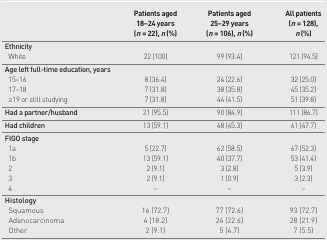
<table><thead><tr><td></td><td><b>Patients aged 18–24 years (<i>n</i> = 22), <i>n</i> (%)</b></td><td><b>Patients aged 25–29 years (<i>n</i> = 106), <i>n</i> (%)</b></td><td><b>All patients (<i>n</i> = 128), <i>n</i> (%)</b></td></tr></thead><tbody><tr><td><b>Ethnicity</b></td><td></td><td></td><td></td></tr><tr><td>White</td><td>22 (100)</td><td>99 (93.4)</td><td>121 (94.5)</td></tr><tr><td><b>Age left full-time education, years</b></td><td></td><td></td><td></td></tr><tr><td>15–16</td><td>8 (36.4)</td><td>24 (22.6)</td><td>32 (25.0)</td></tr><tr><td>17–18</td><td>7 (31.8)</td><td>38 (35.8)</td><td>45 (35.2)</td></tr><tr><td>≥19 or still studying</td><td>7 (31.8)</td><td>44 (41.5)</td><td>51 (39.8)</td></tr><tr><td><b>Had a partner/husband</b></td><td>21 (95.5)</td><td>90 (84.9)</td><td>111 (86.7)</td></tr><tr><td><b>Had children</b></td><td>13 (59.1)</td><td>48 (45.3)</td><td>61 (47.7)</td></tr><tr><td><b>FIGO stage</b></td><td></td><td></td><td></td></tr><tr><td>1a</td><td>5 (22.7)</td><td>62 (58.5)</td><td>67 (52.3)</td></tr><tr><td>1b</td><td>13 (59.1)</td><td>40 (37.7)</td><td>53 (41.4)</td></tr><tr><td>2</td><td>2 (9.1)</td><td>3 (2.8)</td><td>5 (3.9)</td></tr><tr><td>3</td><td>2 (9.1)</td><td>1 (0.9)</td><td>3 (2.3)</td></tr><tr><td>4</td><td>–</td><td>–</td><td>–</td></tr><tr><td><b>Histology</b></td><td></td><td></td><td></td></tr><tr><td>Squamous</td><td>16 (72.7)</td><td>77 (72.6)</td><td>93 (72.7)</td></tr><tr><td>Adenocarcinoma</td><td>4 (18.2)</td><td>24 (22.6)</td><td>28 (21.9)</td></tr><tr><td>Other</td><td>2 (9.1)</td><td>5 (4.7)</td><td>7 (5.5)</td></tr></tbody></table>